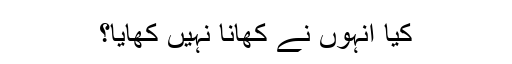
کیا انہوں نے کھانا نہیں کھایا؟